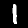
Digit: 1